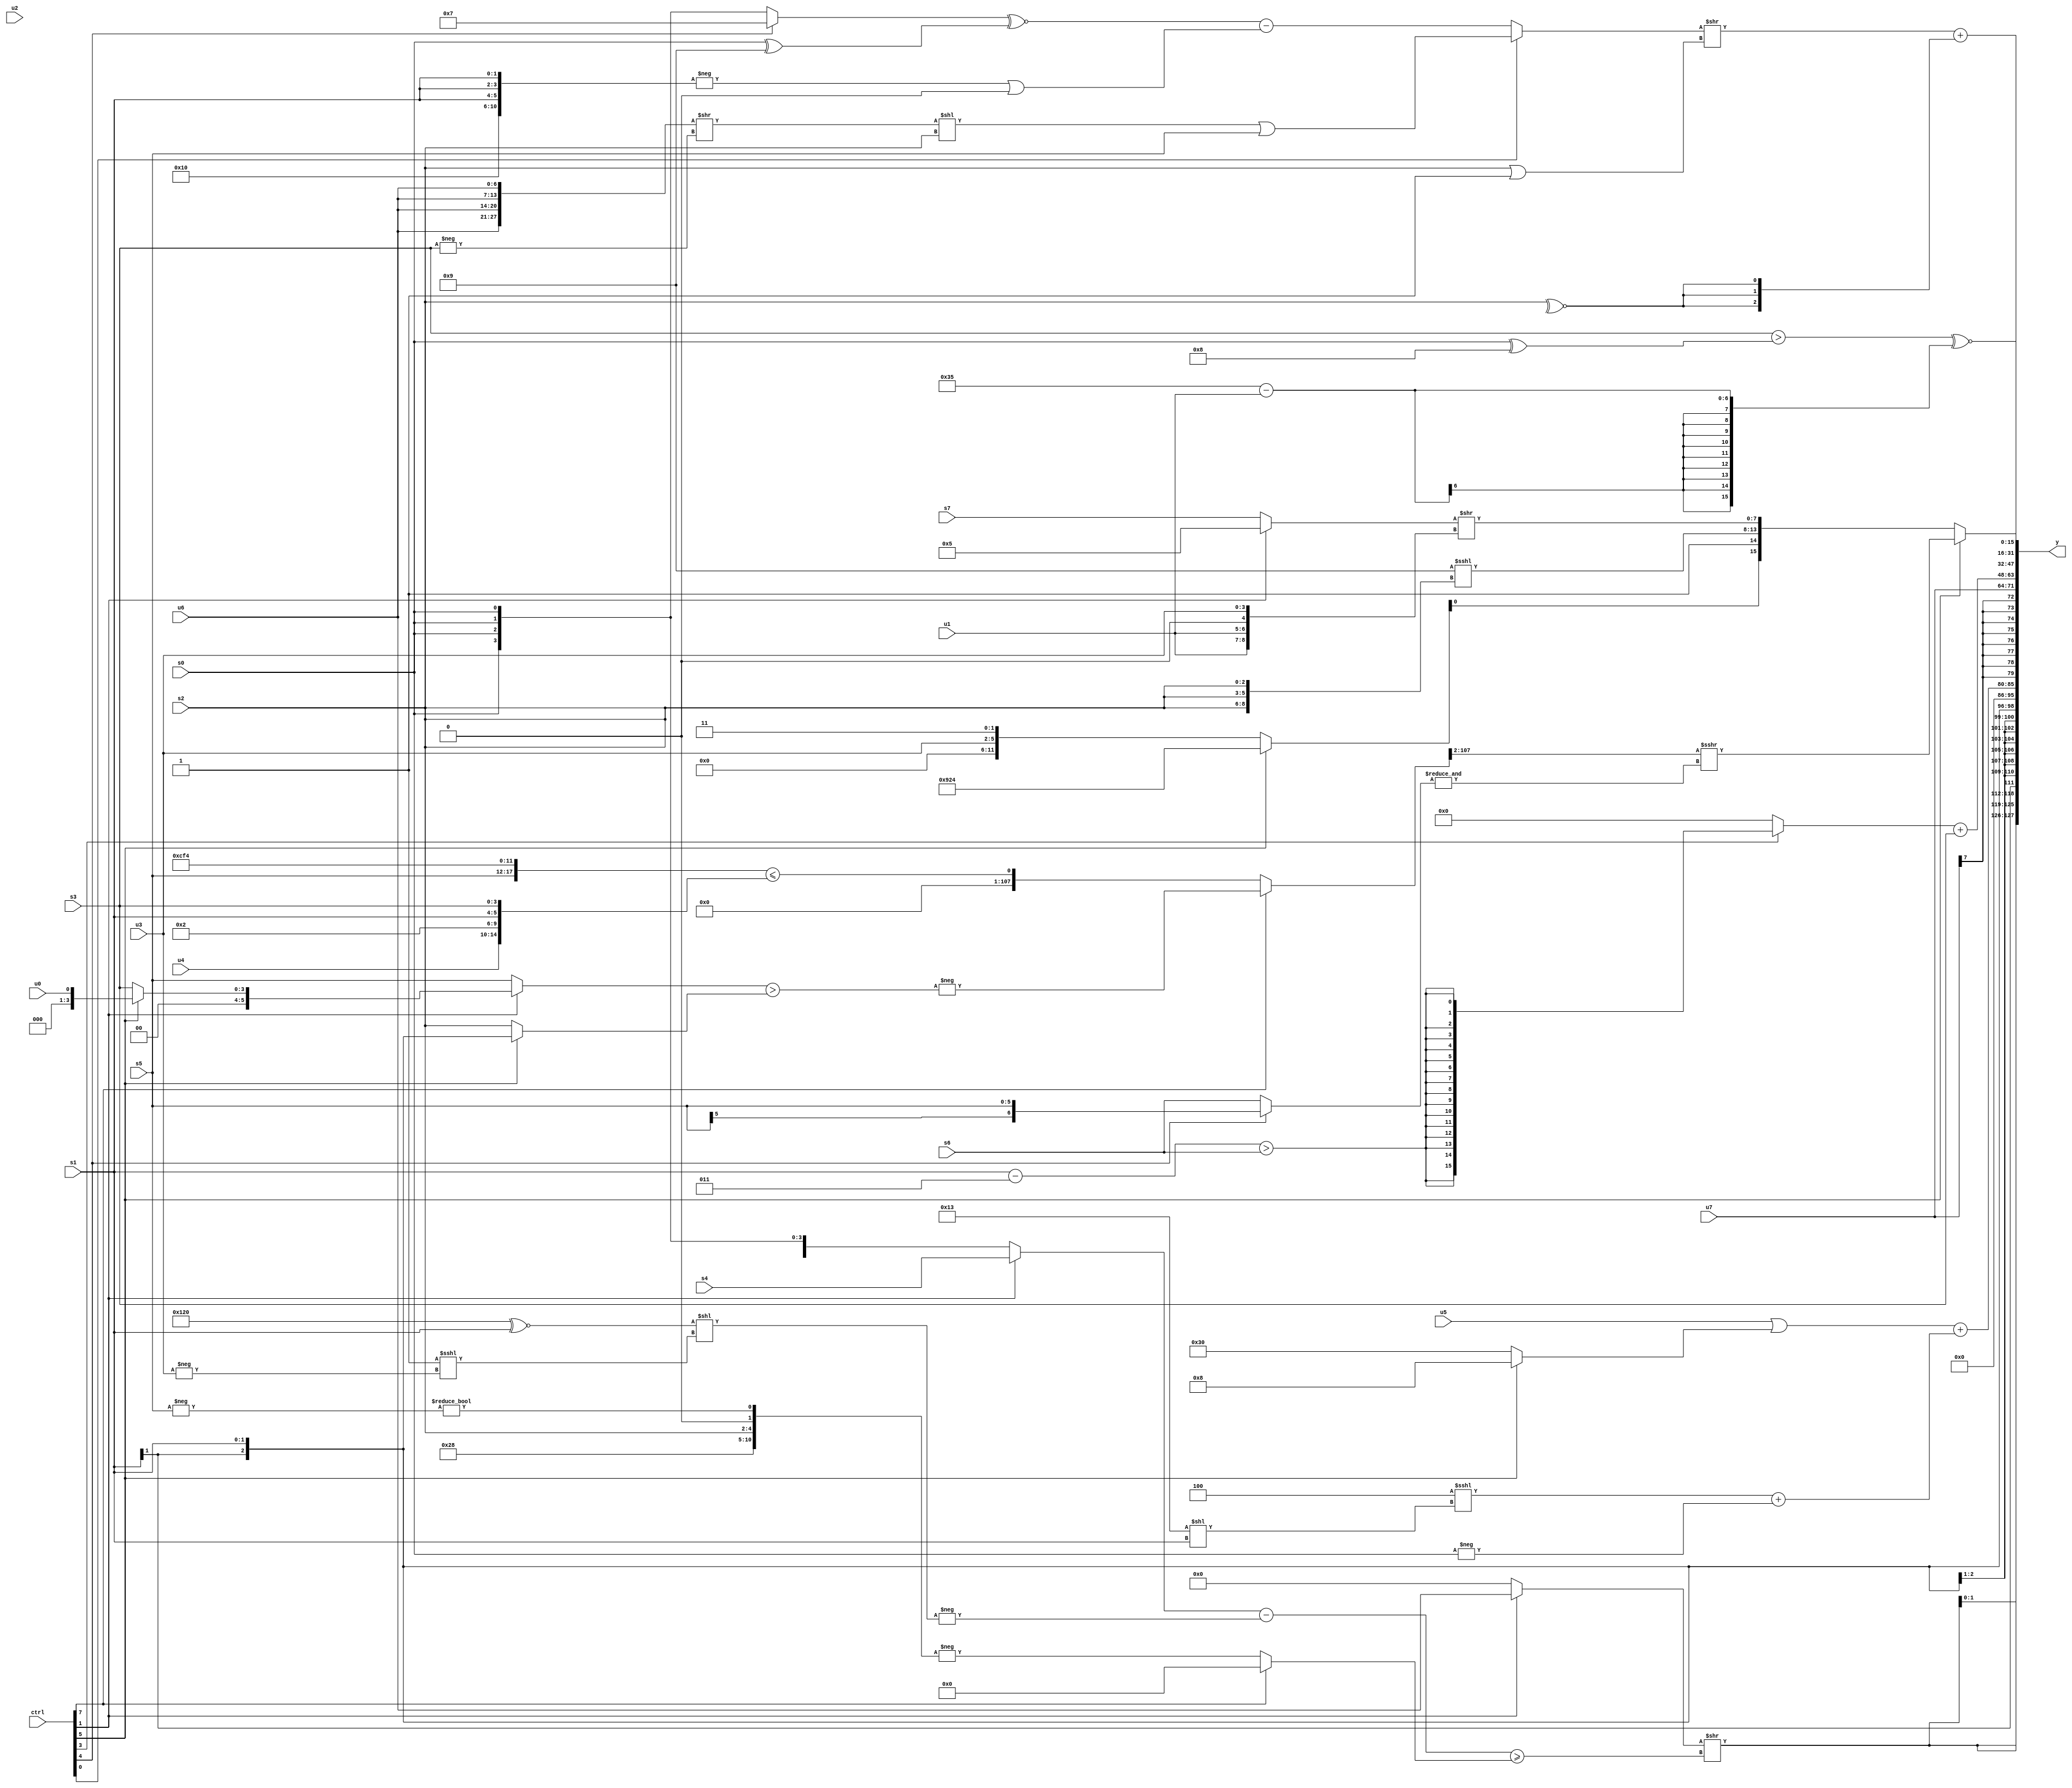
module wideexpr_00384(ctrl, u0, u1, u2, u3, u4, u5, u6, u7, s0, s1, s2, s3, s4, s5, s6, s7, y);
  input [7:0] ctrl;
  input [0:0] u0;
  input [1:0] u1;
  input [2:0] u2;
  input [3:0] u3;
  input [4:0] u4;
  input [5:0] u5;
  input [6:0] u6;
  input [7:0] u7;
  input signed [0:0] s0;
  input signed [1:0] s1;
  input signed [2:0] s2;
  input signed [3:0] s3;
  input signed [4:0] s4;
  input signed [5:0] s5;
  input signed [6:0] s6;
  input signed [7:0] s7;
  output [127:0] y;
  wire [15:0] y0;
  wire [15:0] y1;
  wire [15:0] y2;
  wire [15:0] y3;
  wire [15:0] y4;
  wire [15:0] y5;
  wire [15:0] y6;
  wire [15:0] y7;
  assign y = {y0,y1,y2,y3,y4,y5,y6,y7};
  assign y0 = +({4{((ctrl[1]?$signed(u6):1'sb0))>>((($signed($unsigned($signed((ctrl[1]?s4:s0)))))-(-((((5'sb10010)<<<(4'sb0100))^~(+(s1)))<<((-(3'b111))<<<(-(u3))))))>=((ctrl[7]?1'sb0:-({+(6'sb101000),+((ctrl[1]?s2:s2)),1'sb0,(1'sb0)!=(-(s5))}))))}});
  assign y1 = s1;
  assign y2 = {($signed(($unsigned(u5))|((ctrl[5]?5'b01000:6'sb110000))))+((($signed(3'b100))<<<((6'sb010011)<<(s1)))+(-(+(s0))))};
  assign y3 = $signed(u7);
  assign y4 = ((ctrl[3]?$signed(^(((s1)-(3'sb011))>(s6))):$signed((ctrl[3]?u4:$unsigned((1'sb0)^~(2'sb11))))))+(s3);
  assign y5 = (((ctrl[0]?((($signed({4{u6}}))>>(-(s3)))<<(s2))|(s5):($signed($signed(((ctrl[4]?4'sb0111:s0))^~((s0)^(6'sb001001)))))-((-({5'sb10000,{3{s1}}}))|((+((1'sb0)<(3'sb100)))<<<(2'b01)))))>>((s2)|(1'sb1)))+(+({3{~^(s2)}}));
  assign y6 = +((+(($signed(s3))>(($signed($signed(s0)))^(5'sb01000))))^~(+((6'sb110101)-(u1))));
  assign y7 = (ctrl[5]?(((ctrl[7]?-(((ctrl[1]?(ctrl[5]?u0:s3):$signed(s5)))>($unsigned((ctrl[5]?s1:s2)))):$signed(-(({s5,6'b110011,3'b110,3'sb100})<=({u4,4'b0010,s1,s3})))))>>(3'sb010))>>>(&((ctrl[4]?s5:s6))):+({4{({{(ctrl[5]?{4{3'sb100}}:{u3,1'sb1,1'b1}),1'sb1,(-(6'sb110111))<<<({3{s2}})},(+((ctrl[1]?4'sb0101:s7)))>>({(ctrl[1]?u1:u1),u1,&(6'b001111),$signed(u3)})})<<<((5'b01010)==(((ctrl[7]?(5'sb10100)>>(u0):s4))<=(((6'sb110011)+(1'sb1))<<((s7)>>(s6)))))}}));
endmodule